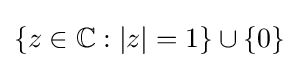
\{z\in \mathbb {C} :|z|=1\}\cup \{0\}